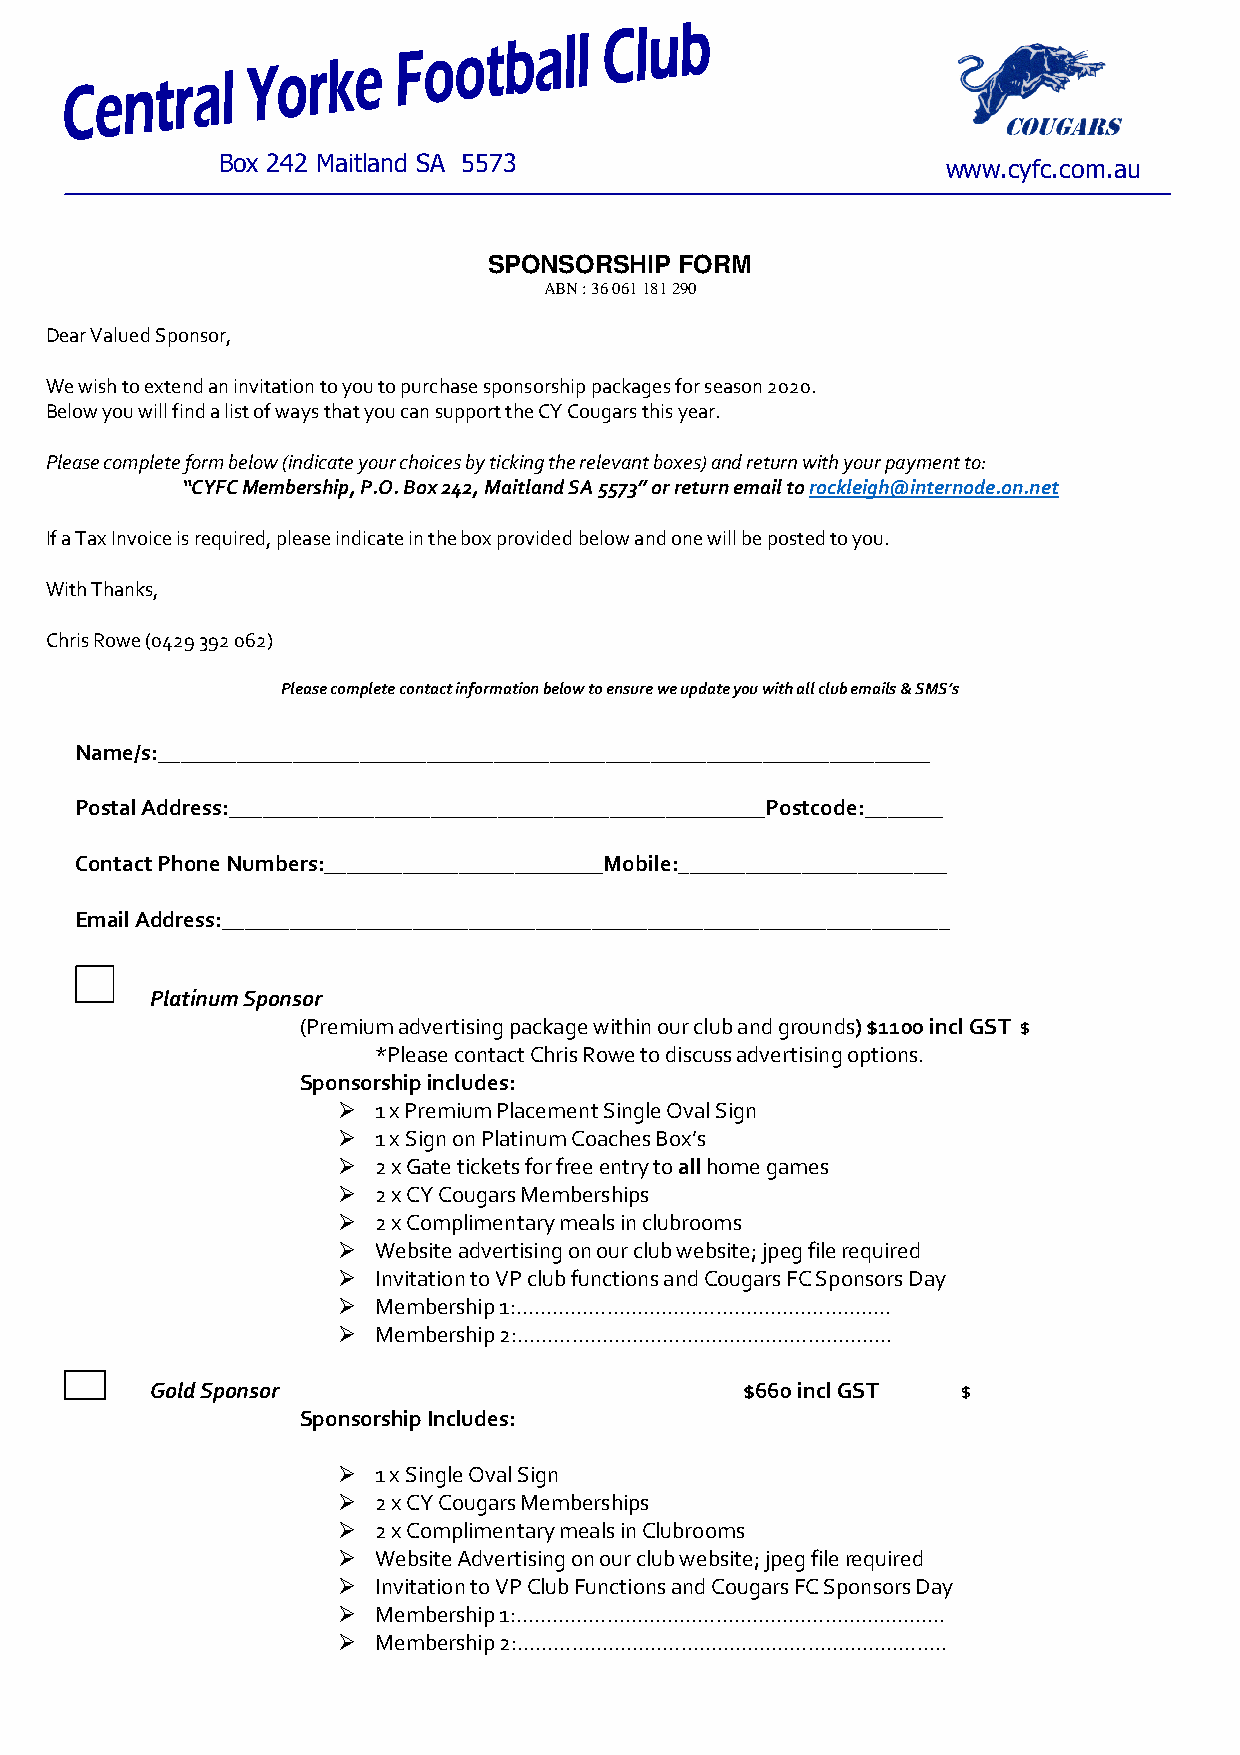
Box 242 Maitland SA 5573                         www.cyfc.com.au
 SPONSORSHIP  FORM
 ABN : 36 061 181 290
 Dear Valued Sponsor,
 We wish to extend an invitation to you to purchase sponsorship packages for season 2020.
 Below you will find a list of ways that you can support the CY Cougars this year.
 Please complete form below (indicate your choices by ticking the relevant boxes) and return with your payment to:
 “CYFC Membership, P.O. Box 242, Maitland SA 5573” or return email to rockleigh@internode.on.net
 If a Tax Invoice is required, please indicate in the box provided below and one will be posted to you.
 With Thanks,
 Chris Rowe (0429 392 062)
 Please complete contact information below to ensure we update you with all club emails & SMS’s
 Name/s:_____________________________________________________________________
 Postal Address:________________________________________________Postcode:_______
 Contact Phone Numbers:_________________________Mobile:________________________
 Email Address:_________________________________________________________________
 Platinum Sponsor
 (Premium advertising package within our club and grounds) $1100 incl GST $
 *Please contact Chris Rowe to discuss advertising options.
 Sponsorship includes:
   1 x Premium Placement Single Oval Sign
   1 x Sign on Platinum Coaches Box’s
   2 x Gate tickets for free entry to all home games
   2 x CY Cougars Memberships
   2 x Complimentary meals in clubrooms
   Website advertising on our club website; jpeg file required
   Invitation to VP club functions and Cougars FC Sponsors Day
   Membership 1:……………………………………………………..
   Membership 2:……………………………………………………..
 Gold Sponsor                           $660 incl GST  $
 Sponsorship Includes:
   1 x Single Oval Sign
   2 x CY Cougars Memberships
   2 x Complimentary meals in Clubrooms
   Website Advertising on our club website; jpeg file required
   Invitation to VP Club Functions and Cougars FC Sponsors Day
   Membership 1:……………………………………………………………..
   Membership 2:……………………………………………………………..